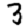
Digit: 3